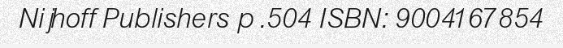
Nijhoff Publishers p .504 ISBN: 9004167854